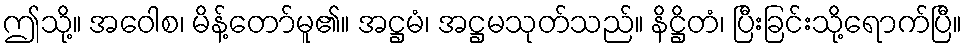
ဤသို့။ အဝေါစ၊ မိန့်တော်မူ၏။ အဋ္ဌမံ၊ အဋ္ဌမသုတ်သည်။ နိဋ္ဌိတံ၊ ပြီးခြင်းသို့ရောက်ပြီ။